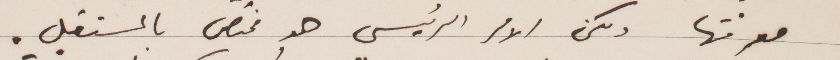
معرفتها ولكن الأمر الرئيسي هو مختص بالمستقبل.